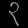
Digit: ၃